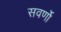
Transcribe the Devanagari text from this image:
सवर्णो